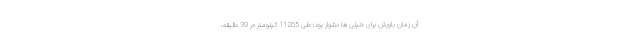
آن زمان باورش برای خیلی ها دشوار بود: طی 11265 کیلومتر در 39 دقیقه،